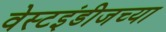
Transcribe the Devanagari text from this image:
वेस्टइंडीजच्या